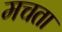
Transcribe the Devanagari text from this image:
मचता